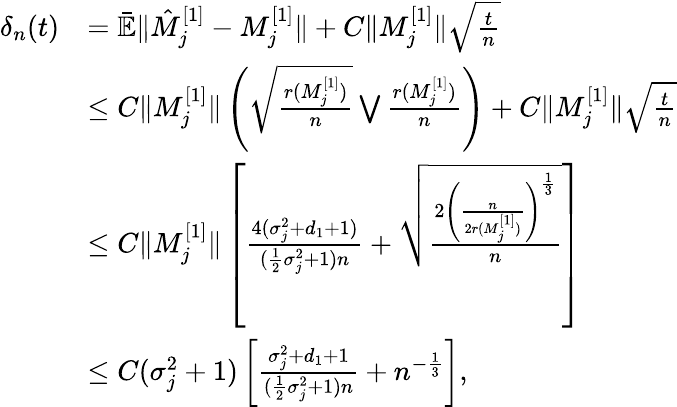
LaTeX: \begin{array}{rl}{\delta_{n}(t)}&{=\bar{\mathbb{E}}\| \hat{M}_{j}^{[1]}-M_{j}^{[1]}\| +C\| M_{j}^{[1]}\| \sqrt{\frac{t}{n}}}\\ &{\le C\| M_{j}^{[1]}\| \left(\sqrt{\frac{r(M_{j}^{[1]})}{n}}\bigvee\frac{r(M_{j}^{[1]})}{n}\right)+C\| M_{j}^{[1]}\| \sqrt{\frac{t}{n}}}\\ &{\le C\| M_{j}^{[1]}\| \left[\frac{4(\sigma_{j}^{2}+d_{1}+1)}{(\frac{1}{2}\sigma_{j}^{2}+1)n}+\sqrt{\frac{2\left(\frac{n}{2r(M_{j}^{[1]})}\right)^{\frac{1}{3}}}{n}}\right]}\\ &{\le C(\sigma_{j}^{2}+1)\left[\frac{\sigma_{j}^{2}+d_{1}+1}{(\frac{1}{2}\sigma_{j}^{2}+1)n}+n^{-\frac{1}{3}}\right],}\end{array}